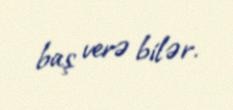
baş verə bilər.